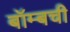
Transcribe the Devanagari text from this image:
बॉम्बची